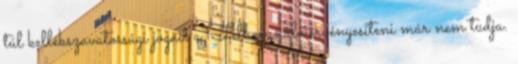
túl kellékszavatossági jogait a Felhasználó érvényesíteni már nem tudja.